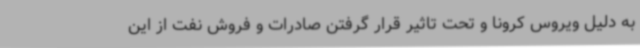
به دلیل ویروس کرونا و تحت تاثیر قرار گرفتن صادرات و فروش نفت از این